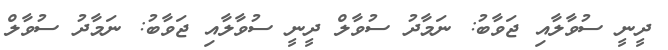
ދީނީ ސުވާލާއި ޖަވާބު: ނަމާދު ސުވާލް ދީނީ ސުވާލާއި ޖަވާބު: ނަމާދު ސުވާލް